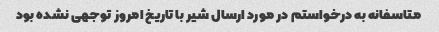
متاسفانه به درخواستم در مورد ارسال شیر با تاریخ امروز توجهی نشده بود